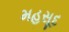
મહસૂદ